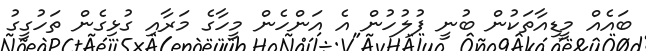
ބައެއް މީޑިއާތަކުން ބުނީ ފުލުހުން އެ އަންހެން މީހާގެ މަރާއި ގުޅިގެން ތަހުގީގު